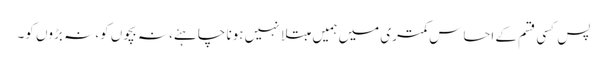
پس کسی قسم کے احساسِ کمتری میں ہمیں مبتلا نہیں ہونا چاہئے، نہ بچوں کو، نہ بڑوں کو۔